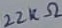
Text: 22KΩ